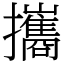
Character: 攜